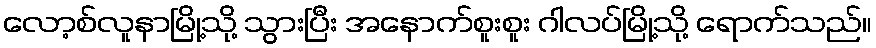
လော့စ်လူနာမြို့သို့ သွားပြီး အနောက်စူးစူး ဂါလပ်မြို့သို့ ရောက်သည်။